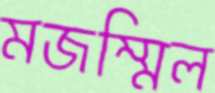
মজম্মিল